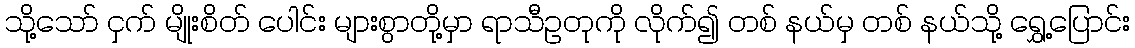
သို့သော် ငှက် မျိုးစိတ် ပေါင်း များစွာတို့မှာ ရာသီဥတုကို လိုက်၍ တစ် နယ်မှ တစ် နယ်သို့ ရွှေ့ပြောင်း